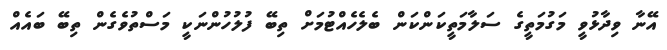
އޭނާ ވިދާޅުވީ މަގުމަތީގެ ސަލާމަތީކަންކަން ބެލެހެއްޓުމަށް ތިބޭ ފުލުހުންނަކީ މަސްތުވެގެން ތިބޭ ބައެއް